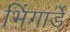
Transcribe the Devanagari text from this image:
भिंगार्डे